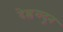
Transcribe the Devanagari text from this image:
देह्ररादून